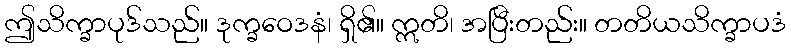
ဤသိက္ခာပုဒ်သည်။ ဒုက္ခဝေဒနံ၊ ရှိ၏။ ဣတိ၊ အပြီးတည်း။ တတိယသိက္ခာပဒံ